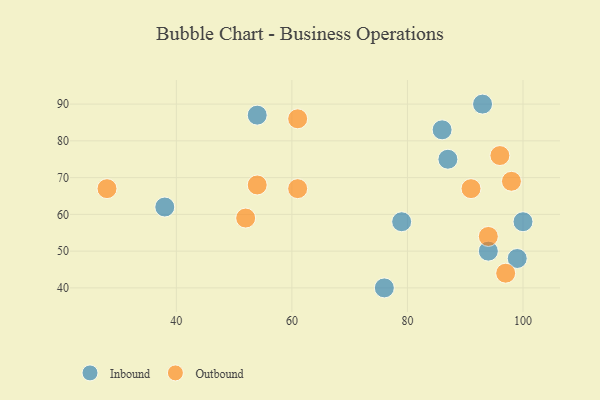
{"axis": {"x": "GDP", "y": "Life Expectancy"}, "legend": ["Inbound", "Outbound"], "data": [{"x": "86", "y": 83, "type": "Inbound"}, {"x": "93", "y": 90, "type": "Inbound"}, {"x": "94", "y": 50, "type": "Inbound"}, {"x": "87", "y": 75, "type": "Inbound"}, {"x": "38", "y": 62, "type": "Inbound"}, {"x": "99", "y": 48, "type": "Inbound"}, {"x": "79", "y": 58, "type": "Inbound"}, {"x": "54", "y": 87, "type": "Inbound"}, {"x": "100", "y": 58, "type": "Inbound"}, {"x": "76", "y": 40, "type": "Inbound"}, {"x": "91", "y": 67, "type": "Outbound"}, {"x": "54", "y": 68, "type": "Outbound"}, {"x": "61", "y": 86, "type": "Outbound"}, {"x": "97", "y": 44, "type": "Outbound"}, {"x": "52", "y": 59, "type": "Outbound"}, {"x": "98", "y": 69, "type": "Outbound"}, {"x": "61", "y": 67, "type": "Outbound"}, {"x": "96", "y": 76, "type": "Outbound"}, {"x": "94", "y": 54, "type": "Outbound"}, {"x": "28", "y": 67, "type": "Outbound"}]}